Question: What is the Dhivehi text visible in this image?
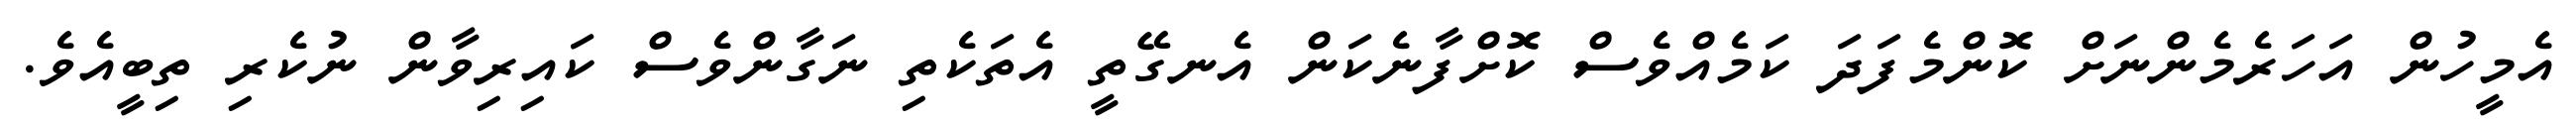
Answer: އެމީހުން އަހަރެމެންނަށް ކޮންމެފަދަ ކަމެއްވެސް ކޮށްފާނެކަން އެނގޭތީ އެތަކެތި ނަގާންވެސް ކައިރިވާން ނުކެރި ތިބީއެވެ.